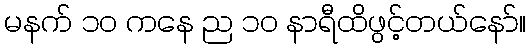
မနက် ၁၀ ကနေ ည ၁၀ နာရီထိဖွင့်တယ်နော်။